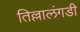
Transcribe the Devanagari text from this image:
तिल्लालंगडी